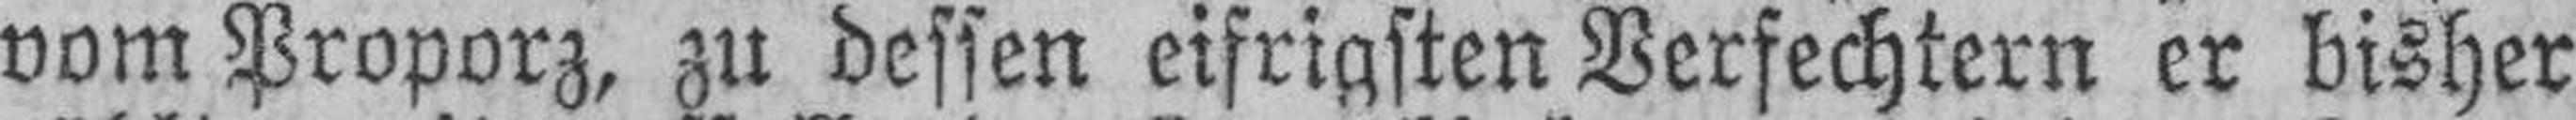
vom Proporz, zu dessen eifrigsten Verfechtern er bisher